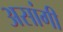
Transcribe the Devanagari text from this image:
असांगी